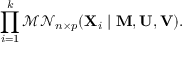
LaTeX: \prod _ { i = 1 } ^ { k } { \mathcal { M N } } _ { n \times p } ( \mathbf { X } _ { i } \mid \mathbf { M } , \mathbf { U } , \mathbf { V } ) .